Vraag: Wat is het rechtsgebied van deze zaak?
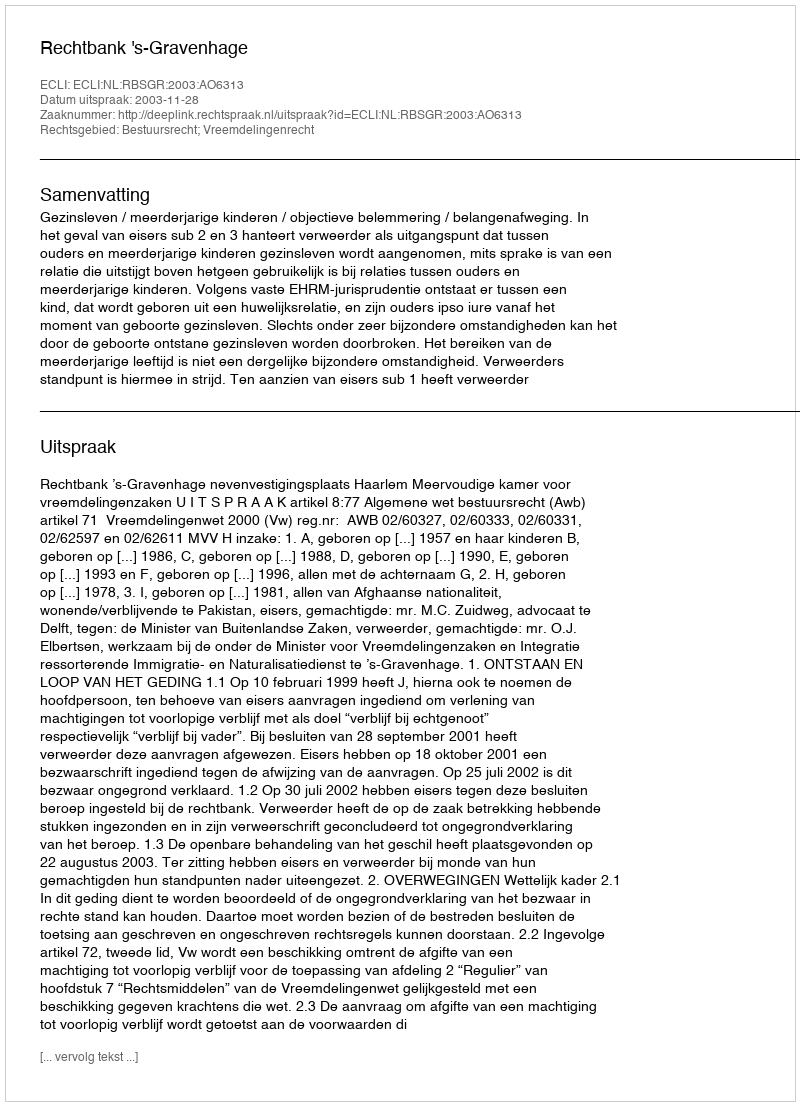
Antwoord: Bestuursrecht; Vreemdelingenrecht